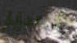
السير